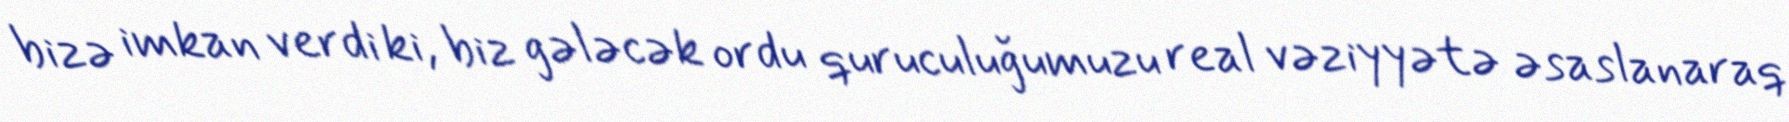
bizə imkan verdi ki, biz gələcək ordu quruculuğumuzu real vəziyyətə əsaslanaraq